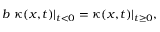
b ~ \kappa ( x , t ) \vert _ { t < 0 } = \kappa ( x , t ) \vert _ { t \geq 0 } ,